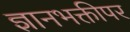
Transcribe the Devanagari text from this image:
ज्ञानभक्तीपर